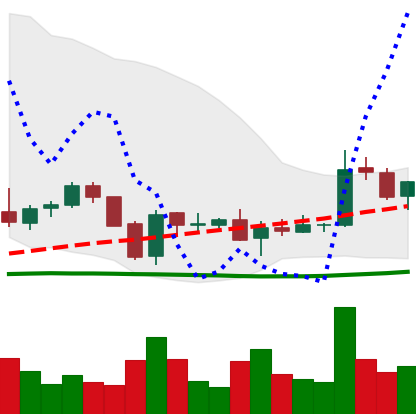
Ticker: EOS-USD
Chart end date: 2018-06-05
Forward return: -19.831%
Label: down_7plus